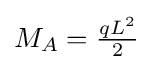
M_{A}={\tfrac {qL^{2}}{2}}